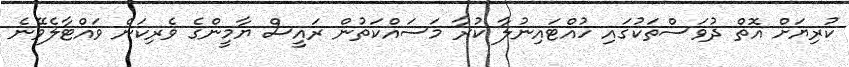
ކުރިޔަށް އޮތް ދުވަސްތަކުގައި ހުއްޓައިނުލާ ކުރާ މަސައްކަތުން ރައީސް ޔާމީންގެ ވެރިކަން ވައްޓާލެވޭނެ